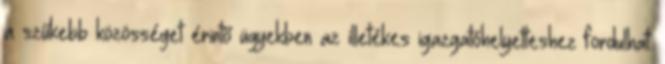
a szűkebb közösséget érintő ügyekben az illetékes igazgatóhelyetteshez fordulhat.